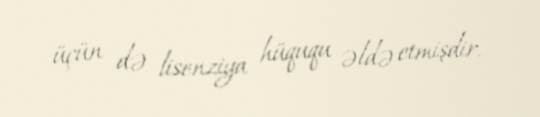
üçün də lisenziya hüququ əldə etmişdir.